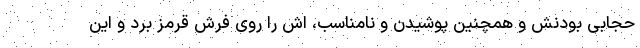
حجابی بودنش و همچنین پوشیدن و نامناسب، اش را روی فرش قرمز برد و این